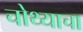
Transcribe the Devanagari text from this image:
चोथ्याचा